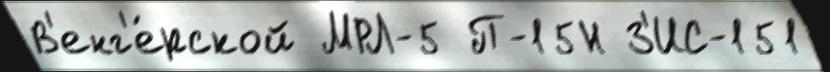
В'енг'е́рской МРЛ-5 П-15Н З'ИС-151